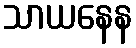
သာယနေန